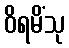
ဝိရမိံသု